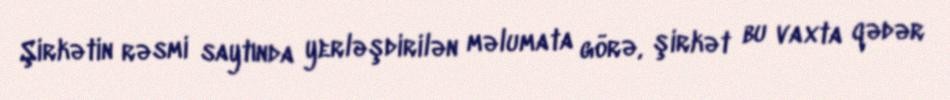
Şirkətin rəsmi saytında yerləşdirilən məlumata görə, şirkət bu vaxta qədər